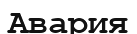
Авария